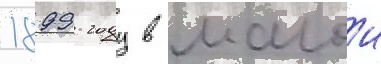
1899 году в малои